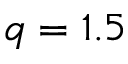
q = 1 . 5